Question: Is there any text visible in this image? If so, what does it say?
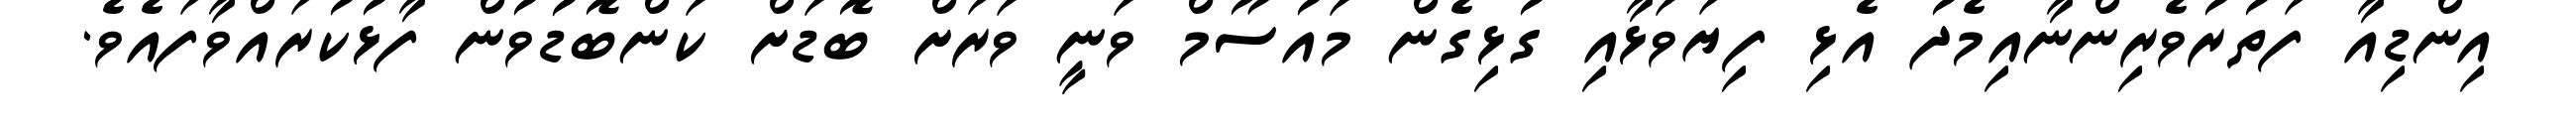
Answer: އިންޑިއާ ފަތުރުވެރިންނާއިމެދު އެޅި ފިޔަވަޅާއި ގުޅިގެން މައުސޫމް ވަނީ ވަރަށް ބޮޑަށް ކަންބޮޑުވުން ފާޅުކުރައްވާފައެވެ.